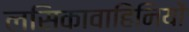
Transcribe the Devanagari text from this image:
लसिकावाहिनियों